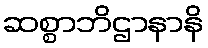
ဆစ္စာဘိဌာနာနိ